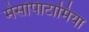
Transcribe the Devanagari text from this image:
मेसोपेाटामिया